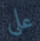
على